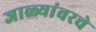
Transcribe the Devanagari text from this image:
जाळ्यांवरचे